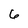
Character: 6